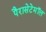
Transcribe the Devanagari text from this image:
पैरासेटेमॉल